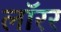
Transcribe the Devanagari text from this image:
लॉरर